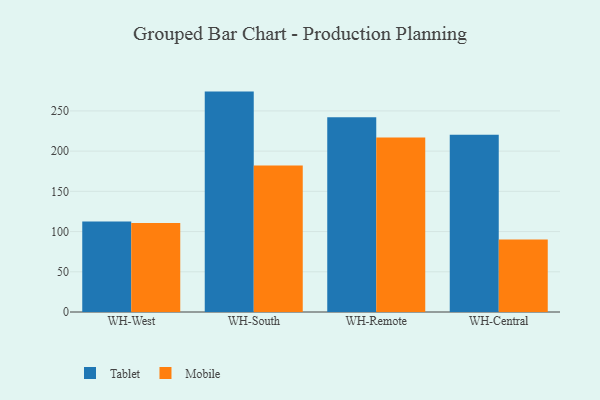
{"axis": {"x": "Warehouse", "y": "Headcount"}, "legend": ["Mobile", "Tablet"], "data": [{"x": "WH-West", "y": 112.5, "type": "Tablet"}, {"x": "WH-West", "y": 110.7, "type": "Mobile"}, {"x": "WH-South", "y": 274.0, "type": "Tablet"}, {"x": "WH-South", "y": 182.1, "type": "Mobile"}, {"x": "WH-Remote", "y": 242.1, "type": "Tablet"}, {"x": "WH-Remote", "y": 216.9, "type": "Mobile"}, {"x": "WH-Central", "y": 220.3, "type": "Tablet"}, {"x": "WH-Central", "y": 90.2, "type": "Mobile"}]}